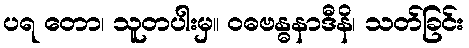
ပရ တော၊ သူတပါးမှ။ ဝဓဗန္ဓနာဒီနိ၊ သတ်ခြင်း